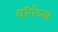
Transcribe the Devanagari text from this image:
बॉर्गच्या